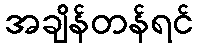
အချိန်တန်ရင်